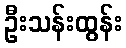
ဦးသန်းထွန်း